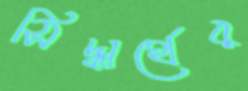
সিদ্ধার্থের